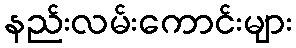
နည်းလမ်းကောင်းများ